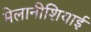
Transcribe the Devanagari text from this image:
मेलानीशियाई